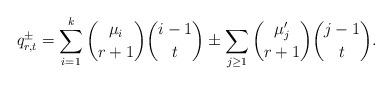
LaTeX: \begin{align*}q^{\pm}_{r,t}=\sum_{i=1}^k\binom{\mu_i}{r+1}\binom{i-1}{t}\pm\sum_{j\geq1}\binom{\mu'_j}{r+1}\binom{j-1}{t}.\end{align*}